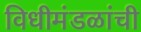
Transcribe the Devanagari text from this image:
विधीमंडळांची